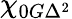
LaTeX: \chi_{0G\Delta^{2}}